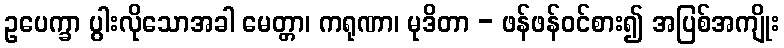
ဥပေက္ခာ ပွါးလိုသောအခါ မေတ္တာ၊ ကရုဏာ၊ မုဒိတာ - ဖန်ဖန်ဝင်စား၍ အပြစ်အကျိုး